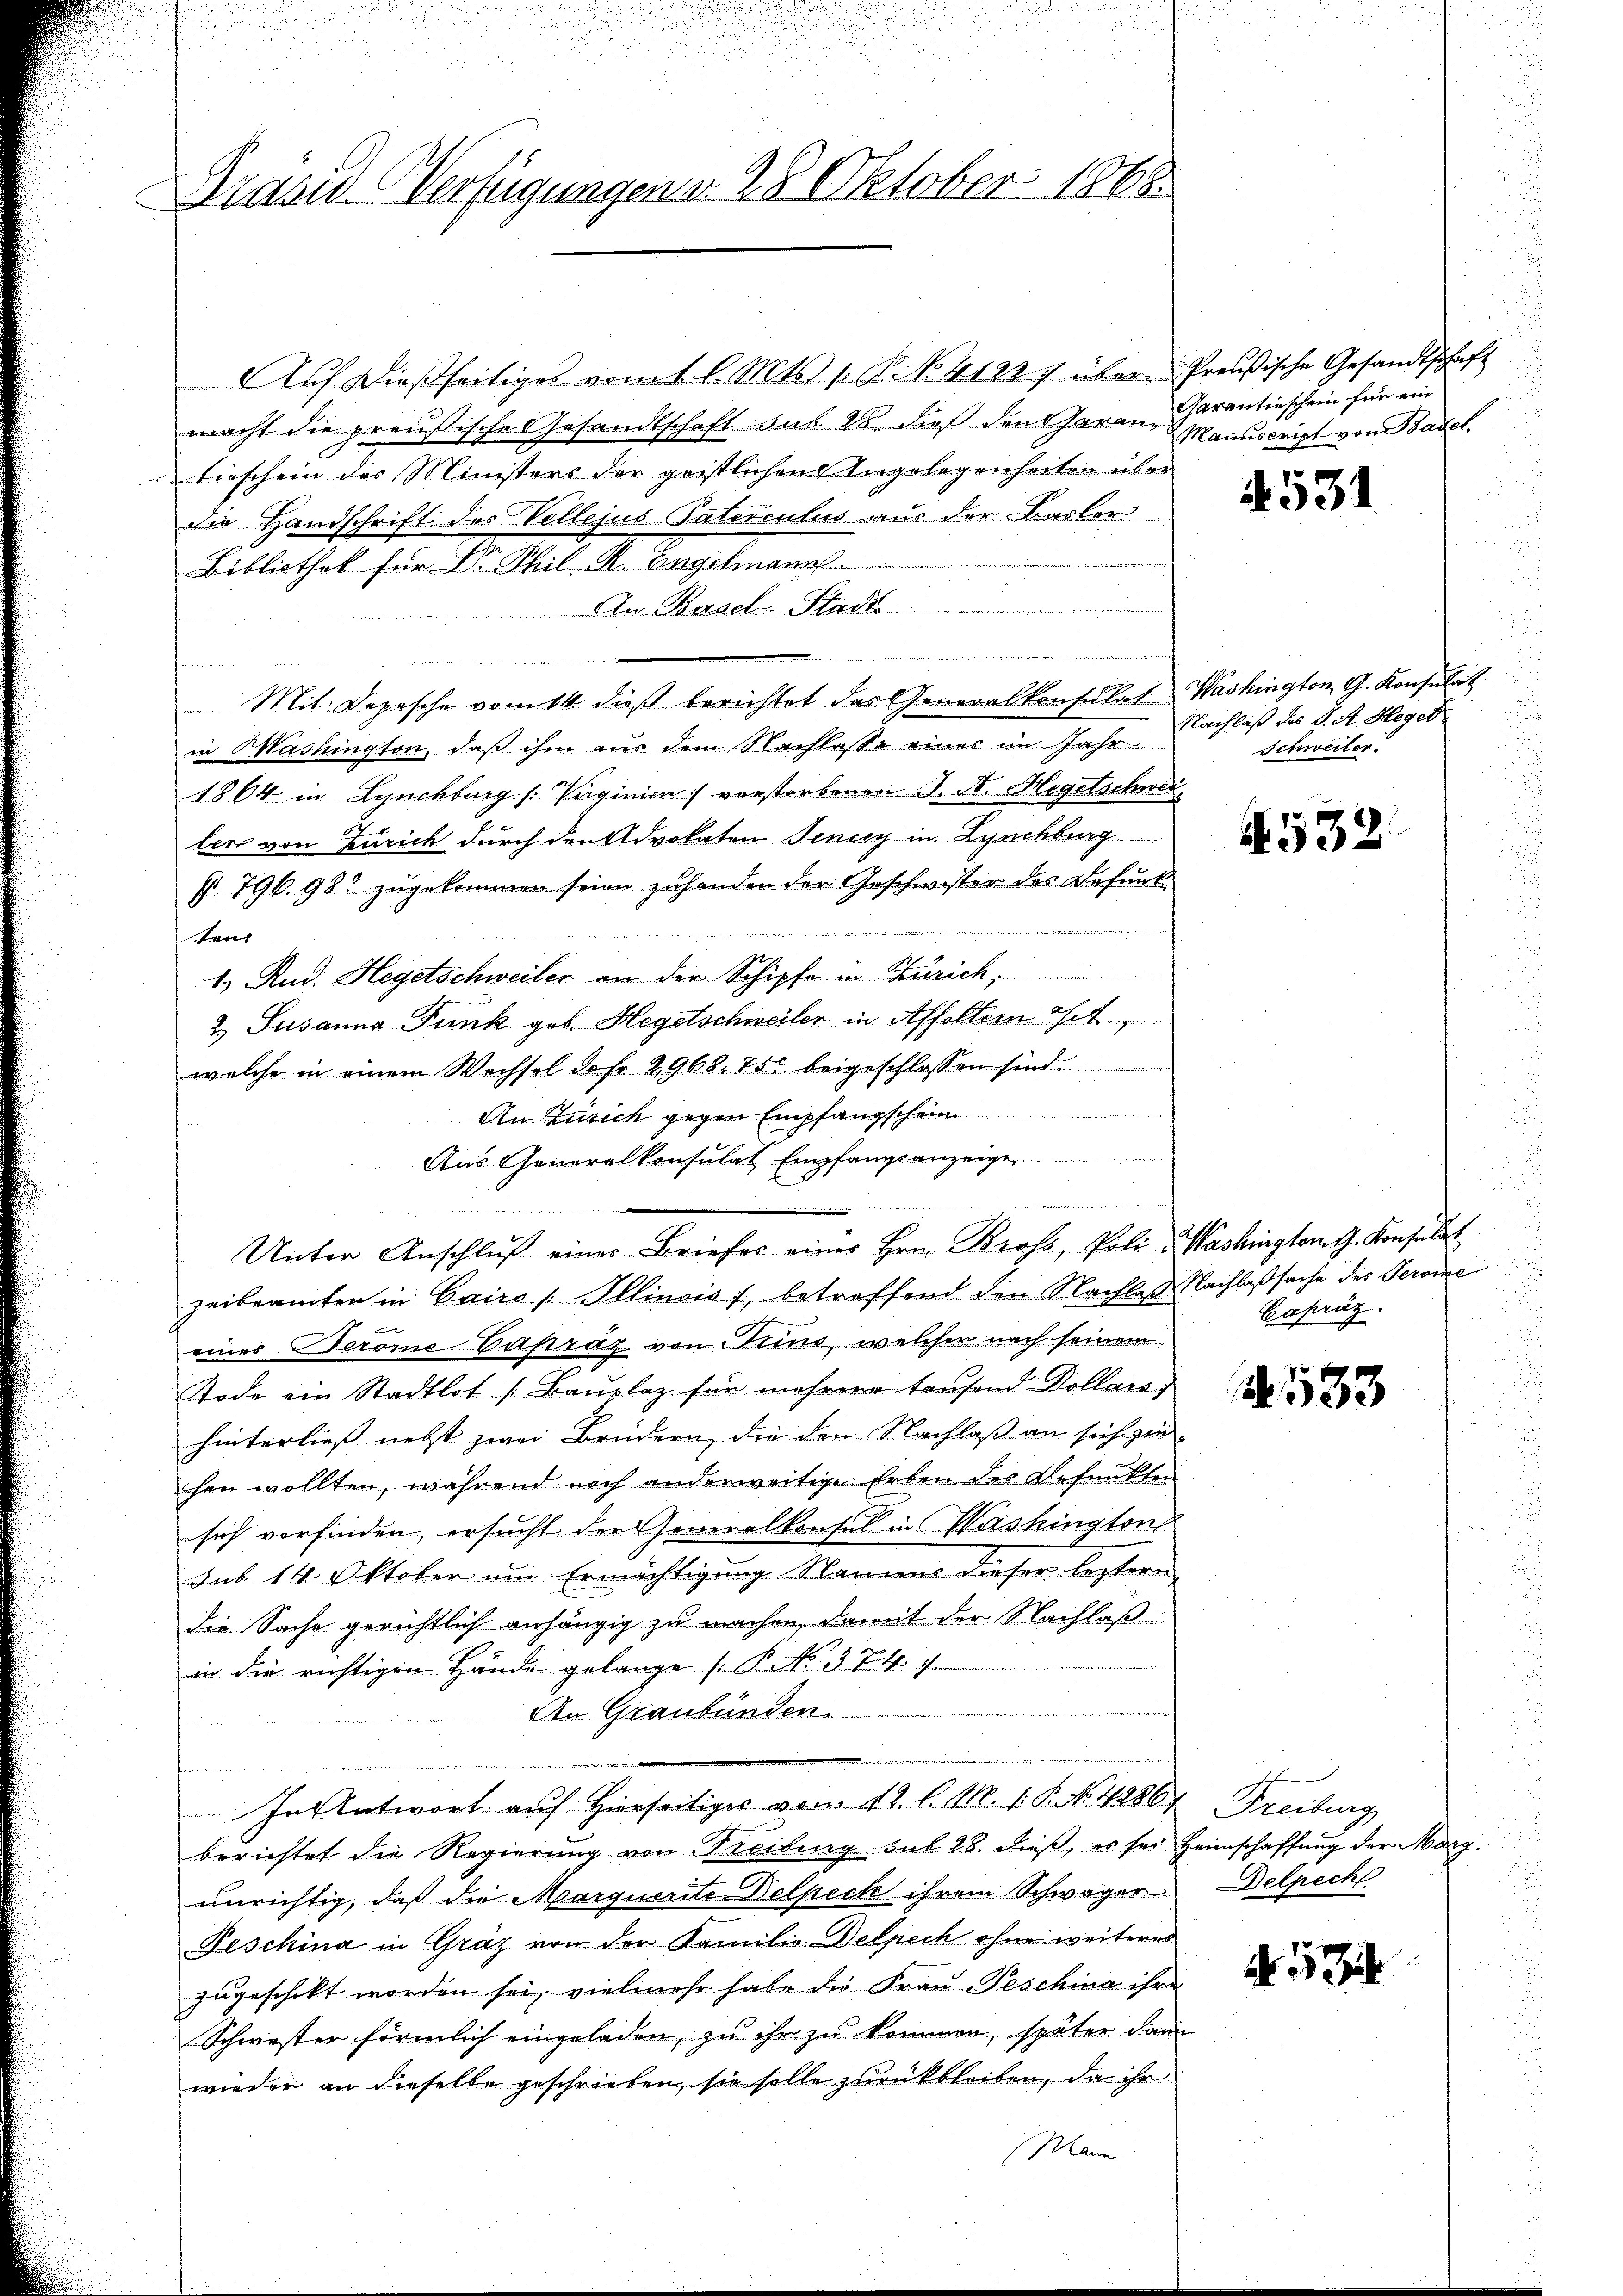
Präsid. Verfügungen v. 28 Oktober 1868.

Auf dießseitiges vom 1 l. Mts. 1. P. No. 4122) über
macht die preußische Gesandtschaft aus 28. dieß den Garan Garantischein für ein
tieschein des Ministers der geistlichen Angelegenheiten über
die Handschrift des Vellejus Paterculus aus der Basler
Bibliothek für Dr Phil. R. Engelmann
An Basel-Stadt

n
Mit Depesche vom 14 dieß berichtet das Generalkonsulat
in Washington, daß ihm aus dem Nachlasse eines im Jahr
1864 in Lynchburg (: Vaginie vorstorbenen J. St. Hegetschwei
lers von Zürich durch den Advokaten Jenicy in Lynchberg
f. 796. 98. zugekommen seien zuhanden der Geschwister des Befunde
d dieser
tens
1.) Rud. Hegetschweiler an der Schipfe in Zürich,
2.) Susanna Funk geb. Hegetschweiler in Affoltern ist,
welche in einem Wechsel das 2968. 75 beigeschlossen sind.
An Zürich gegen Empfangschein
Aus Generalkonsulat Empfangsanzeige
zeibeamter in Cairo / Illinois), betreffend den Nachlaß Nachlaßsache des Jerome
eines Veröme Capraz von Trino, welcher nach seinem
Tode ein Stadtlot [Baŭplaz für mehrere tausend Dollars)
hinterlies nebst zwei Brüdern, die den Nachlaß an sich ziehen wollten, während noch anderweitige Erben des Befunkten
sich vorfinden, ersucht der Generalkonsul in Washington
Sub 14 Oktober um Ermächtigung Stammer dieser leztern
die Sache gerichtlich anhängig zu machen, damit der Nachlaß
in die richtigen Hände gelange [K No. 374. 7
An Graubünden.
e
.
In Antwort auf Hierseitiges von 12. l. M. 1. P. No. 42867, Freiburg
berichtet die Regierung von Freibung sub 28. dieβ, es sei Heimschaffŭng der Marg
unrichtig, daß die Marquerite elpech ihrem Schwager
Feschina in Graz von der Familie Delpech ohne weiteres
zugeschikt worden sei, vielmehr habe die Frau Beschina ihre
Schwester förmlich eingeladen, zu ihr zu kommen, später dann
wieder an dieselbe geschrieben, sie solle zurückbleiben, da ihr
Mann

n
Unter Anschlŭβ einer Briefes eines Hrn. Bross, Poli-Washingtont. Konsulat

Preußische Gesandtschaft
Manuscript von Basel.

.531

Washington G. Konsulat
Nachlaß des S. St. Heget,
Schweiter.

4532

Eapräz.

533

Belpech